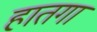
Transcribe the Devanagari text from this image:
हातगा